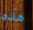
هذه